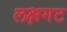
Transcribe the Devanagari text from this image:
लक्षगट